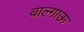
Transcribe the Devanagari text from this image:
वाल्गाऊ